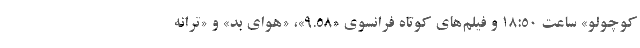
کوچولو» ساعت ۱۸:۵۰ و فیلم‌های کوتاه فرانسوی «۹.۵۸»، «هوای بد» و «ترانه